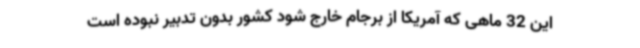
این 32 ماهی که آمریکا از برجام خارج شود کشور بدون تدبیر نبوده است